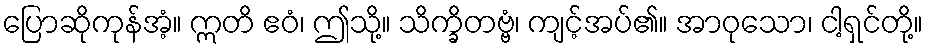
ပြောဆိုကုန်အံ့။ ဣတိ ဧဝံ၊ ဤသို့။ သိက္ခိတဗ္ဗံ၊ ကျင့်အပ်၏။ အာဝုသော၊ ငါ့ရှင်တို့။